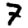
Digit: 7